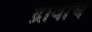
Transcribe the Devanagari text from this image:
द्रावाचे